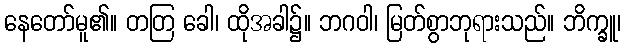
နေတော်မူ၏။ တတြ ခေါ၊ ထိုအခါ၌။ ဘဂဝါ၊ မြတ်စွာဘုရားသည်။ ဘိက္ခူ၊